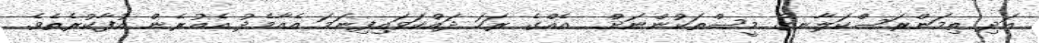
އަދި ތިމަންރަސްކަލާނގެ މީސްތަކުންނަށް  އެއްގެ ރަހަ ދައްކަވައިފިނަމަ އެއާމެދު އެއުރެން އުފާކުރެތެވެ.